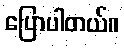
ပြောပါတယ်။